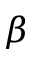
\beta